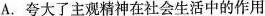
A. 夸大了主观精神在社会生活中的作用